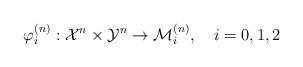
LaTeX: \begin{align*}\varphi_i^{(n)}:{\cal X}^n \times {\cal Y}^n \to {\cal M}_i^{(n)},~~~i=0,1,2\end{align*}